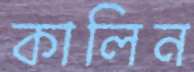
কালিন